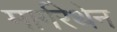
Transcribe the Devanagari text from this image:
मार्गरेथेन